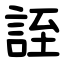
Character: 誈